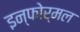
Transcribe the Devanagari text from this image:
इन्फोर्मल